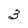
Character: 3